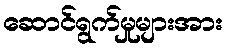
ဆောင်ရွက်မှုများအား